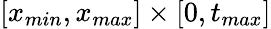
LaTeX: [x_{min},x_{max}]\times[0,t_{max}]